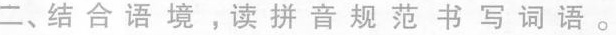
二、结合语境，读拼音规范书写词语。